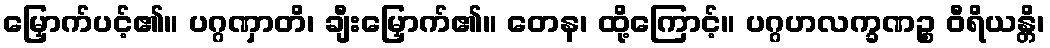
မြှောက်ပင့်၏။ ပဂ္ဂဏှာတိ၊ ချီးမြှောက်၏။ တေန၊ ထို့ကြောင့်။ ပဂ္ဂဟလက္ခဏဉ္စ ဝီရိယန္တိ၊